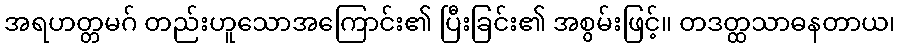
အရဟတ္တမဂ် တည်းဟူသောအကြောင်း၏ ပြီးခြင်း၏ အစွမ်းဖြင့်။ တဒတ္ထသာဓနတာယ၊